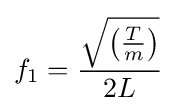
f_{1}={\frac {\sqrt {\left({\frac {T}{m}}\right)}}{2L}}